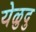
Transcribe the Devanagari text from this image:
येळुदु